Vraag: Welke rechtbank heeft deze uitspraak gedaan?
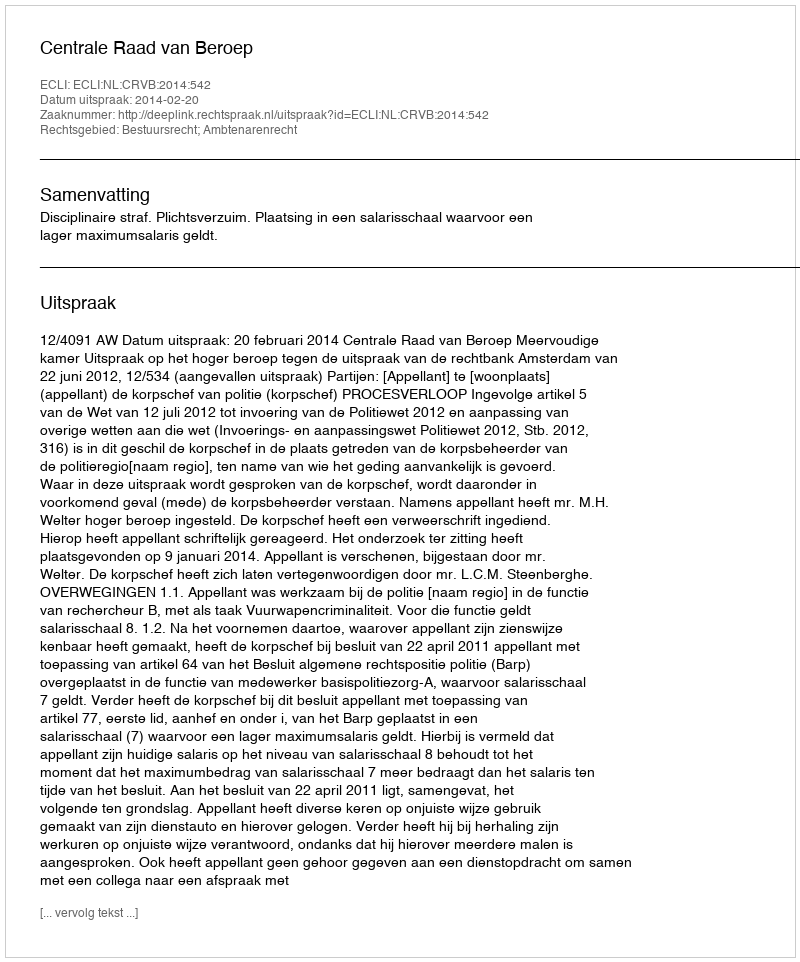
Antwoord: Centrale Raad van Beroep